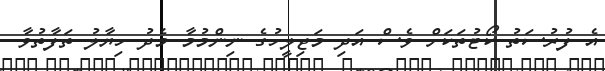
އެ ފުރުސަތު ކޯޓުތަކަށް ވެސް އަދި މަޖިލީހުގެ ނިންމުމާ މެދު ހިޔާލު ތަފާތުވާ